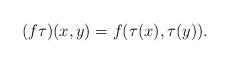
LaTeX: \begin{align*}(f\tau)(x, y)=f(\tau(x), \tau(y)).\end{align*}